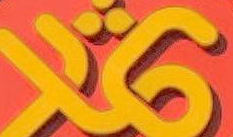
16